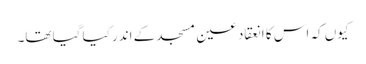
کیوں کہ اس کا انعقاد عین مسجد کے اندر کیا گیا تھا۔